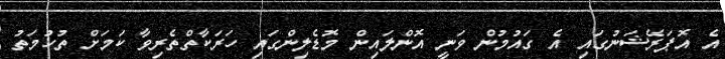
އެ އޮޕަރޭޝަނުގައި އެ ގައުމުން ވަނީ އޮންލައިން މޮޑެލިންގައި ހަރަކާތްތެރިވާ ކަމަށް ތުހުމަތު